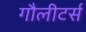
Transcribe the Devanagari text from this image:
गौलीटर्स